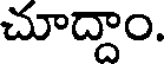
చూద్దాం.